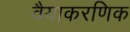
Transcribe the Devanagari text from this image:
वैयाकरणिक